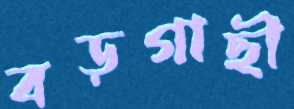
বড়গাছী